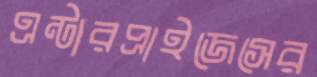
এন্টারপ্রাইজেসের